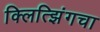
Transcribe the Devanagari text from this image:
क्लित्झिंगचा